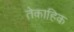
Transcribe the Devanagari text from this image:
तेकाहिक